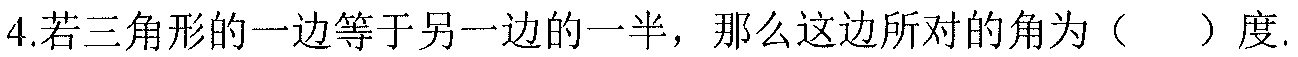
4.若三角形的一边等于另一边的一半，那么这边所对的角为（  ）度.